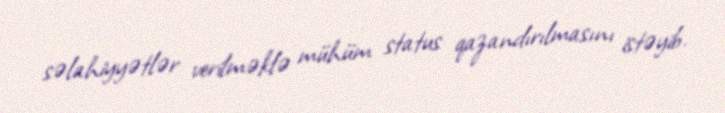
səlahiyyətlər verilməklə mühüm status qazandırılmasını istəyib.